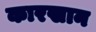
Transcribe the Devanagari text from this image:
कारखान